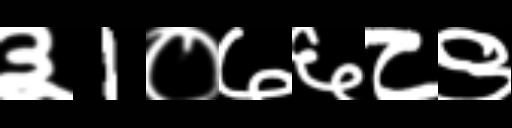
Text: ३1०७६८९